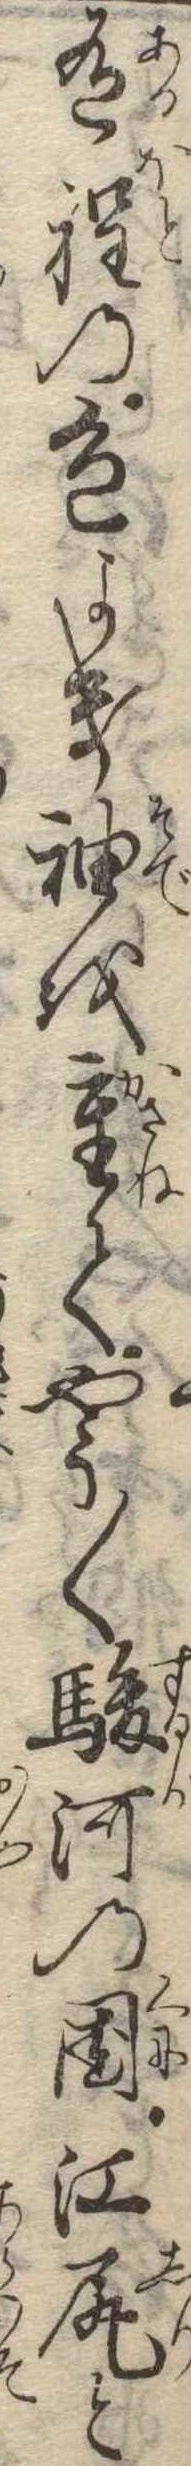
有程の色よき袖を重てやう〱駿河の国江尻と